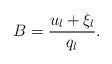
LaTeX: \begin{align*}B = \frac{u_l + \xi_l}{q_l}.\end{align*}